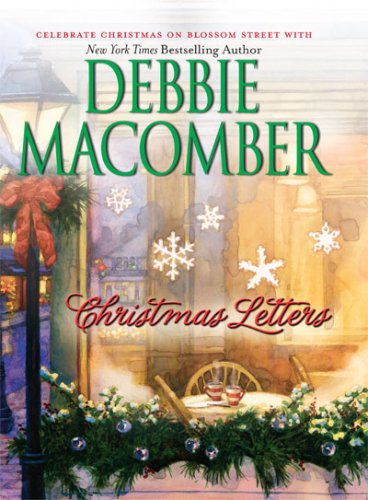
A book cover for Christmas Letters; Debbie Macomber; Romance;